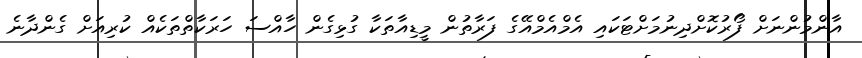
އާންމުންނަށް ފޯރުކޮށްދިނުމަށްޓަކައި އެމްއެމްއޭގެ ފަރާތުން މީޑިއާތަކާ ގުޅިގެން ހާއްސަ ހަރަކާތްތަކެއް ކުރިއަށް ގެންދާނެ